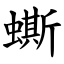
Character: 蟖